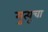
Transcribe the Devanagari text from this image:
मृुत्यूचा